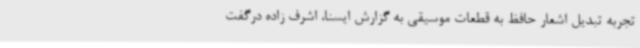
تجربه تبدیل اشعار حافظ به قطعات موسیقی به گزارش ایسنا، اشرف زاده درگفت